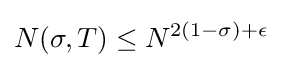
N(\sigma ,T)\leq N^{2(1-\sigma )+\epsilon }